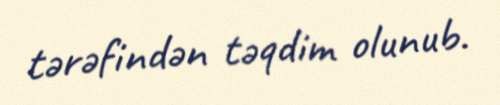
tərəfindən təqdim olunub.